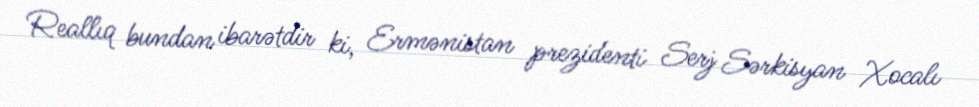
Reallıq bundan ibarətdir ki, Ermənistan prezidenti Serj Sərkisyan Xocalı